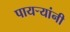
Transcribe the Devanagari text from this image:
पायर्‍यांनी